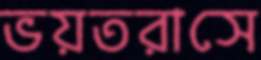
ভয়তরাসে